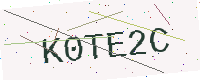
Text: K0TE2C